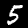
Digit: 5